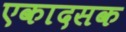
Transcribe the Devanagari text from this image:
एकादसक